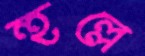
হুল্লে